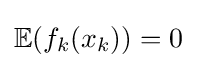
\mathbb {E} (f_{k}(x_{k}))=0